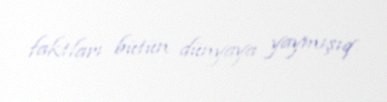
faktları bütün dünyaya yaymışıq.